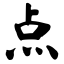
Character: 点